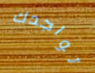
تواجدك